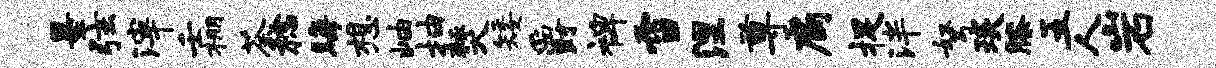
墨弦滓壬棚荼稔晦想岫抽燹矮爵裨雪涅尊扃捉泮弩琰膝五人岩